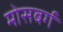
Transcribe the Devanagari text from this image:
मोसबर्ग